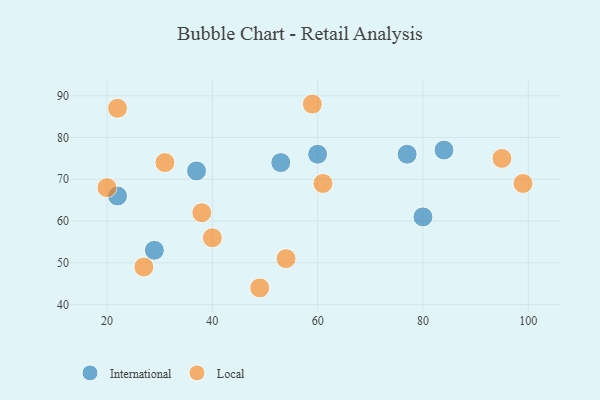
{"axis": {"x": "GDP", "y": "Life Expectancy"}, "legend": ["International", "Local"], "data": [{"x": "77", "y": 76, "type": "International"}, {"x": "22", "y": 66, "type": "International"}, {"x": "29", "y": 53, "type": "International"}, {"x": "37", "y": 72, "type": "International"}, {"x": "60", "y": 76, "type": "International"}, {"x": "53", "y": 74, "type": "International"}, {"x": "80", "y": 61, "type": "International"}, {"x": "84", "y": 77, "type": "International"}, {"x": "31", "y": 74, "type": "Local"}, {"x": "40", "y": 56, "type": "Local"}, {"x": "20", "y": 68, "type": "Local"}, {"x": "27", "y": 49, "type": "Local"}, {"x": "99", "y": 69, "type": "Local"}, {"x": "38", "y": 62, "type": "Local"}, {"x": "95", "y": 75, "type": "Local"}, {"x": "22", "y": 87, "type": "Local"}, {"x": "49", "y": 44, "type": "Local"}, {"x": "61", "y": 69, "type": "Local"}, {"x": "54", "y": 51, "type": "Local"}, {"x": "59", "y": 88, "type": "Local"}]}